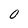
Character: 0